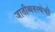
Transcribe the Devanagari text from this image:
जातीव्यवस्थेची